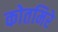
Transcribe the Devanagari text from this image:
कोतमिरे